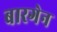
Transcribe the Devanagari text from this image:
बारगेन